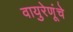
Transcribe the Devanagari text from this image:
वायुरेणूंचे